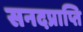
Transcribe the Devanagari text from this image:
सनदप्राप्ति